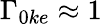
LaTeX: \Gamma_{0ke}\approx 1